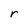
Character: r